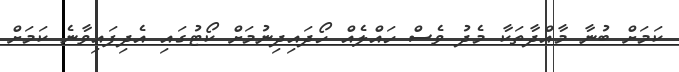
ކަމަށް ބުނާ މާއްދާތަކާ މެދު ވެސް ހައްލެއް ހޯދައިދިނުމަށް ކޯޓުގައި އެދިފައިވާނެ ކަމަށް